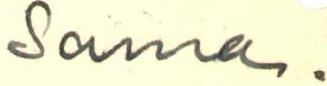
Sama.